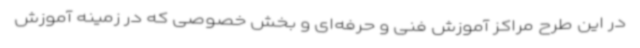
در این طرح مراکز آموزش فنی و حرفه‌ای و بخش خصوصی که در زمینه آموزش